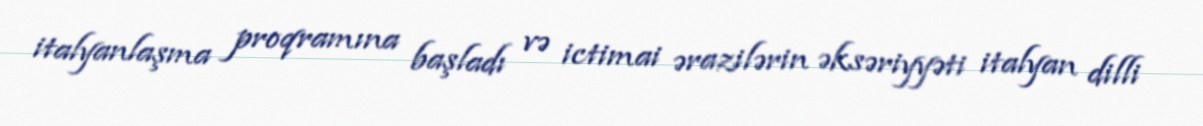
italyanlaşma proqramına başladı və ictimai ərazilərin əksəriyyəti italyan dilli